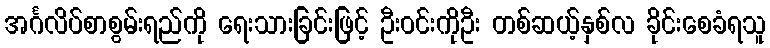
အင်္ဂလိပ်စာစွမ်းရည်ကို ရေးသားခြင်းဖြင့် ဦးဝင်းကိုဦး တစ်ဆယ့်နှစ်လ ခိုင်းစေခံရသူ